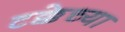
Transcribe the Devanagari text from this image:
टक्केच्या